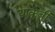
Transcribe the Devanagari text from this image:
याकूबी